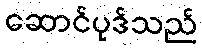
ဆောင်ပုဒ်သည်